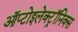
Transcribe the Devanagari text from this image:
ऑप्टोइलेक्ट्रॉनिक्स